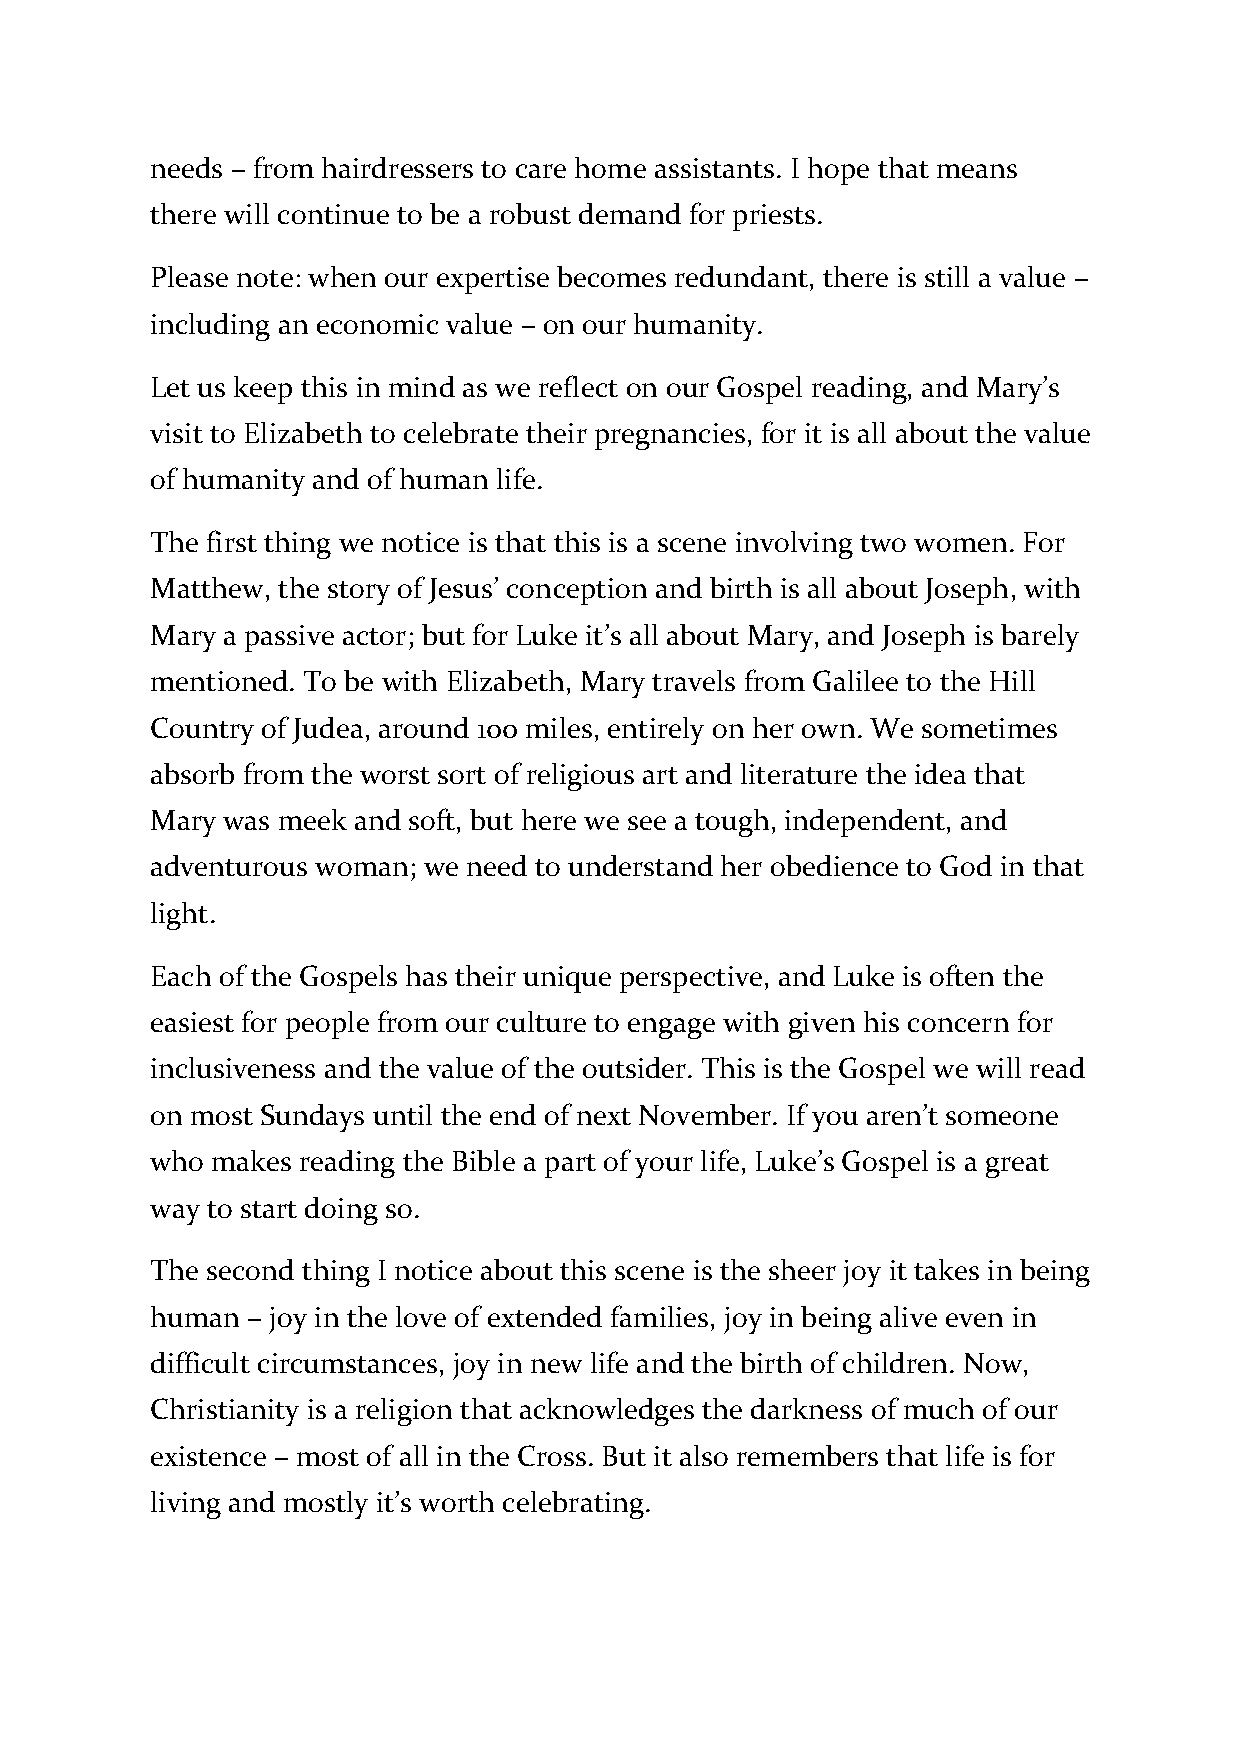
needs – from hairdressers to care home assistants. I hope that means
 there will continue to be a robust demand for priests.
 Please note: when our expertise becomes redundant, there is still a value –
 including an economic value – on our humanity.
 Let us keep this in mind as we reflect on our Gospel reading, and Mary’s
 visit to Elizabeth to celebrate their pregnancies, for it is all about the value
 of humanity and of human life.
 The first thing we notice is that this is a scene involving two women. For
 Matthew, the story of Jesus’ conception and birth is all about Joseph, with
 Mary a passive actor; but for Luke it’s all about Mary, and Joseph is barely
 mentioned. To be with Elizabeth, Mary travels from Galilee to the Hill
 Country of Judea, around 100 miles, entirely on her own. We sometimes
 absorb from the worst sort of religious art and literature the idea that
 Mary was meek and soft, but here we see a tough, independent, and
 adventurous woman; we need to understand her obedience to God in that
 light.
 Each of the Gospels has their unique perspective, and Luke is often the
 easiest for people from our culture to engage with given his concern for
 inclusiveness and the value of the outsider. This is the Gospel we will read
 on most Sundays until the end of next November. If you aren’t someone
 who makes reading the Bible a part of your life, Luke’s Gospel is a great
 way to start doing so.
 The second thing I notice about this scene is the sheer joy it takes in being
 human – joy in the love of extended families, joy in being alive even in
 difficult circumstances, joy in new life and the birth of children. Now,
 Christianity is a religion that acknowledges the darkness of much of our
 existence – most of all in the Cross. But it also remembers that life is for
 living and mostly it’s worth celebrating.